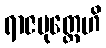
ရာဇပုတ္တေဟိ